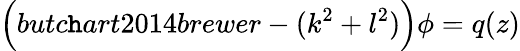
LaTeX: \Big(butc\mathtt{h}art2014brewer-(k^{2}+l^{2})\Big)\phi=q(z)